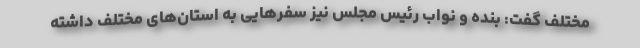
مختلف گفت: بنده و نواب رئیس مجلس نیز سفرهایی به استان‌های مختلف داشته